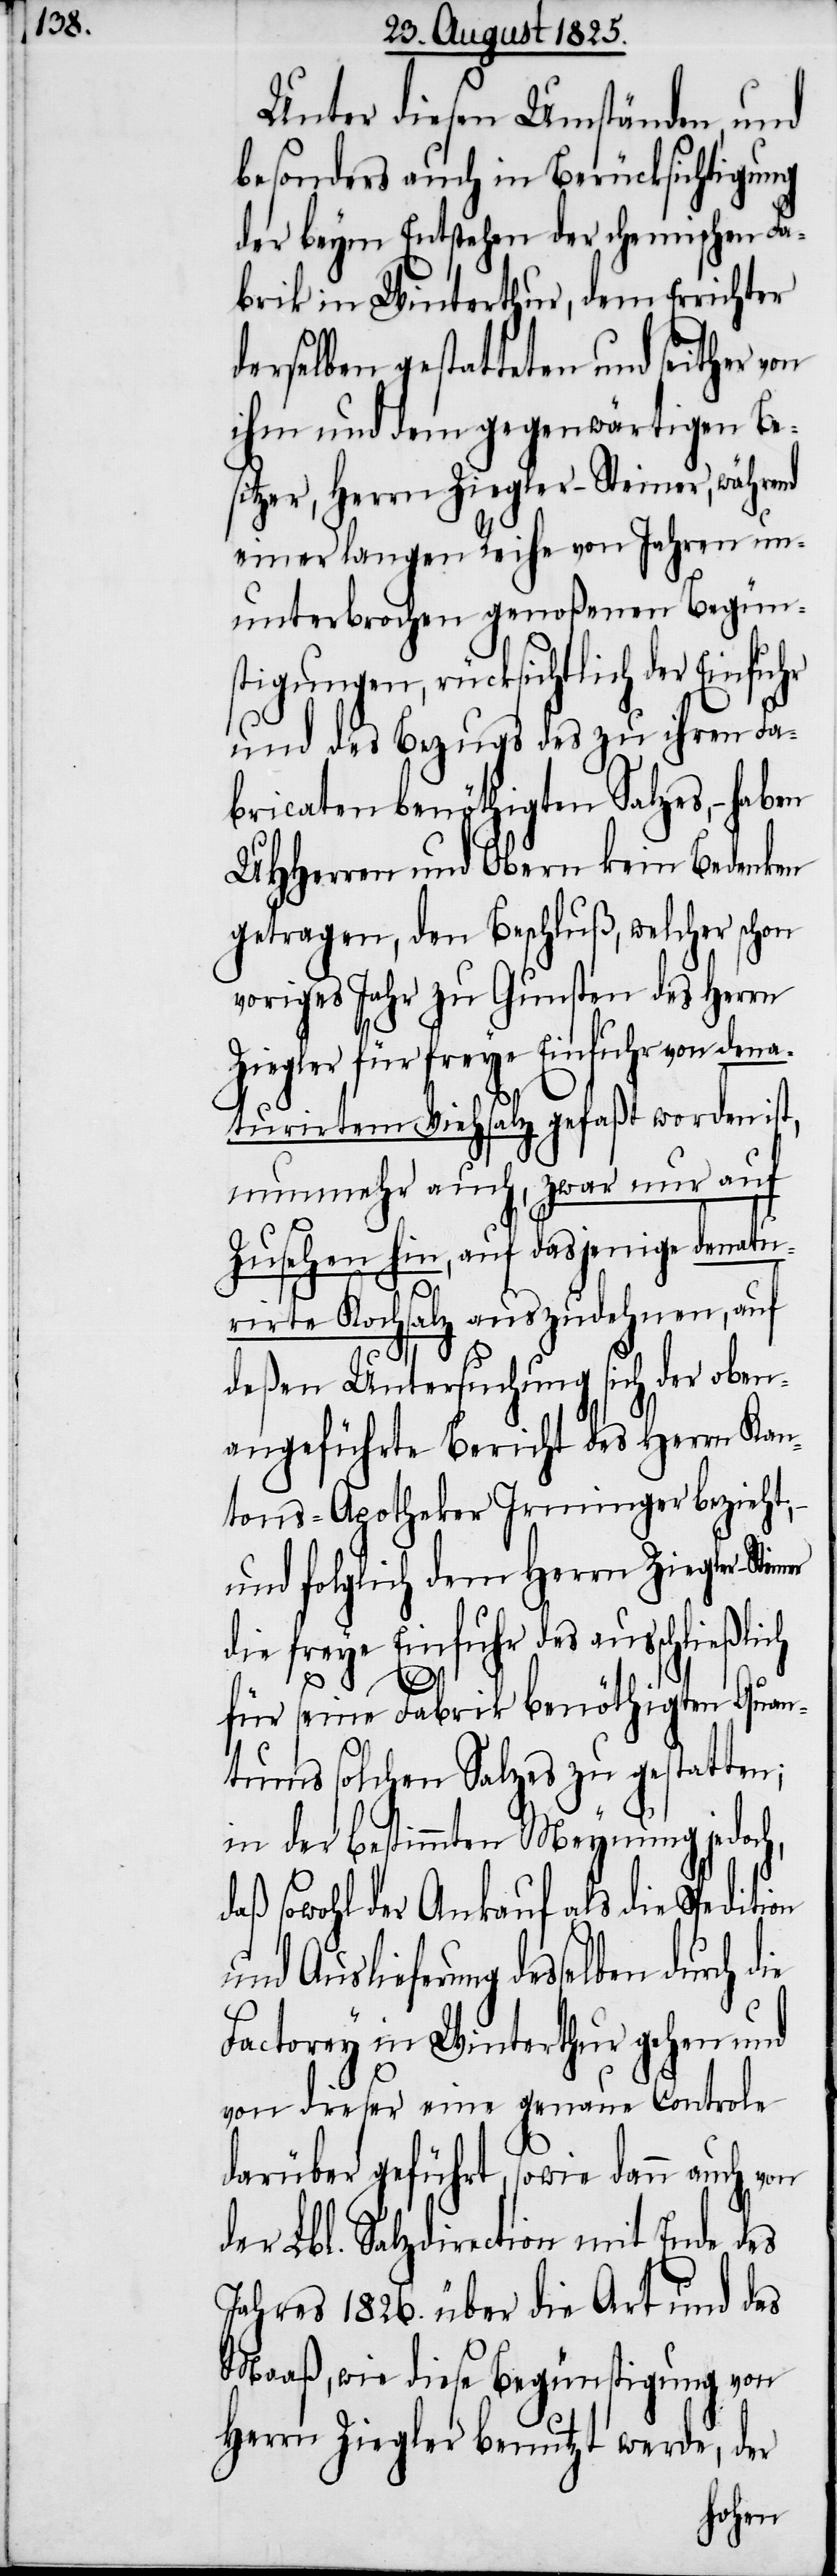
Unter diesen Umständen, und
besonders auch in Berücksichtigung
der beym Entstehen der chemischen Fa¬
brik in Winterthur, dem Errichter
derselben gestatteten und seither von
ihm und dem gegenwärtigen Be¬
sitzer, Herrn Ziegler-Steiner, während
einer langen Reihe von Jahren un¬
unterbrochenen genoßenen Begün¬
stigungen, rücksichtlich der Einfuhr
und des Bezugs des zu ihren Fa¬
bricaten benöthigten Salzes, –
UHherren und Obern kein Bedenken
getragen, den Beschluß, welcher schon
voriges Jahr zu Gunsten des Herrn
Ziegler für freye Einfuhr von dena¬
turirtem Viehsalz gefaßt worden ist,
nunmehr auch, zwar nur auf
Zusehen hin, auf dasjenige denatu¬
d¬
rirte Kochsalz auszudehnen, auf
deßen Untersuchung sich der oben¬
angeführte Bericht des Herrn Kan¬
tons-Apotheker Irminger bezieht,
und folglich dem Herrn Ziegler-Ste¬
die freye Einfuhr des ausschließlich
für seine Fabrik benöthigten Quan¬
tums solchen Salzes zu gestatten;
in der bestimmten Meynung jed¬
on und Auslieferung desselben
Factorey in Winterthur gehen und
von dieser eine genaue Controle
darüber geführt, wie dann auch von
der Lbl. Salzdirection mit Ende des
Jahres 1826. über die Art und das
Maaß, wie diese Begünstigung von
Herrn Ziegler benutzt werde, der
och,